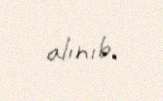
alınıb.